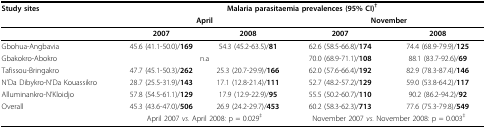
<table><thead><tr><td><b>Study sites</b></td><td colspan="4"><b>Malaria parasitaemia prevalences (95% CI)<sup>†</sup></b></td></tr></thead><tbody><tr><td></td><td colspan="2"><b>April</b></td><td colspan="2"><b>November</b></td></tr><tr><td></td><td><b>2007</b></td><td><b>2008</b></td><td><b>2007</b></td><td><b>2008</b></td></tr><tr><td>Gbohua-Angbavia</td><td>45.6 (41.1-50.0)/<b>169</b></td><td>54.3 (45.2-63.5)/<b>81</b></td><td>62.6 (58.5-66.8)/<b>174</b></td><td>74.4 (68.9-79.9)/<b>125</b></td></tr><tr><td>Gbakokro-Abokro</td><td colspan="2">n.a</td><td>70.0 (68.9-71.1)/<b>108</b></td><td>88.1 (83.7-92.6)/<b>69</b></td></tr><tr><td>Tafissou-Bringakro</td><td>47.7 (45.1-50.3)/<b>262</b></td><td>25.3 (20.7-29.9)/<b>166</b></td><td>62.0 (57.6-66.4)/<b>192</b></td><td>82.9 (78.3-87.4)/<b>146</b></td></tr><tr><td>N&#x27;Da Dibykro-N&#x27;Da Kouassikro</td><td>28.7 (25.5-31.9)/<b>143</b></td><td>17.1 (12.8-21.4)/<b>111</b></td><td>52.7 (48.2-57.2)/<b>129</b></td><td>59.0 (53.8-64.2)/<b>117</b></td></tr><tr><td>Alluminankro-N&#x27;Kloidjo</td><td>57.8 (54.5-61.1)/<b>129</b></td><td>17.9 (12.9-22.9)/<b>95</b></td><td>55.5 (50.2-60.7)/<b>110</b></td><td>90.2 (86.2-94.2)/<b>92</b></td></tr><tr><td>Overall</td><td>45.3 (43.6-47.0)/<b>506</b></td><td>26.9 (24.2-29.7)/<b>453</b></td><td>60.2 (58.3-62.3)/<b>713</b></td><td>77.6 (75.3-79.8)/<b>549</b></td></tr><tr><td></td><td colspan="2">April 2007 <i>vs</i>. April 2008: p = 0.029<sup>‡</sup></td><td colspan="2">November 2007 <i>vs</i>. November 2008: p = 0.003<sup>‡</sup></td></tr></tbody></table>